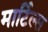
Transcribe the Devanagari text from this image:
मार्टिल्स